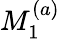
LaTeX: M_{1}^{(a)}